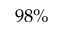
9 8 \%